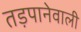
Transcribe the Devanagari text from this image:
तड़पानेवाली